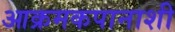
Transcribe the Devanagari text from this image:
आक्रमकपानाशी